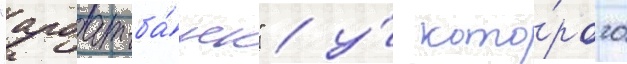
"арбат-ба́нк" / у́ кото́рого